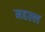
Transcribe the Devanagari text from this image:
महल्ल